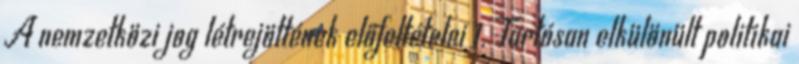
A nemzetközi jog létrejöttének előfeltételei 1. Tartósan elkülönült politikai